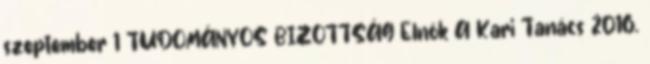
szeptember 1 TUDOMÁNYOS BIZOTTSÁG Elnök A Kari Tanács 2016.